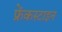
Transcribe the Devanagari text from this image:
फ्रेंकस्टाइन